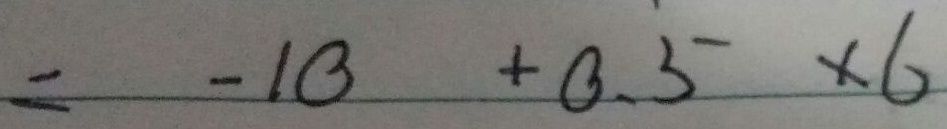
= - 1 0 + 0 . 5 \times 6